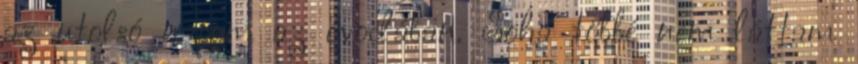
az utolsó napom az óvodában. Soha többé nem láttam